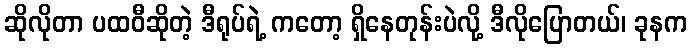
ဆိုလိုတာ ပထဝီဆိုတဲ့ ဒီရုပ်ရဲ့ ကတော့ ရှိနေတုန်းပဲလို့ ဒီလိုပြောတယ်၊ ခုနက